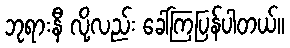
ဘုရားနီ လို့လည်း ခေါ်ကြပြန်ပါတယ်။